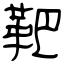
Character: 靶